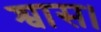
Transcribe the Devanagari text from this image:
श्वास।